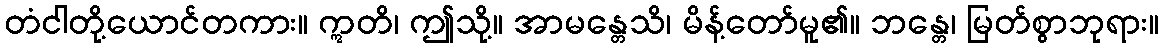
တံငါတို့ယောင်တကား။ ဣတိ၊ ဤသို့။ အာမန္တေသိ၊ မိန့်တော်မူ၏။ ဘန္တေ၊ မြတ်စွာဘုရား။